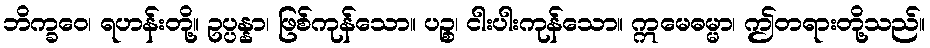
ဘိက္ခဝေ၊ ရဟန်းတို့။ ဥပ္ပန္နာ၊ ဖြစ်ကုန်သော။ ပဉ္စ၊ ငါးပါးကုန်သော။ ဣမေဓမ္မာ၊ ဤတရားတို့သည်။